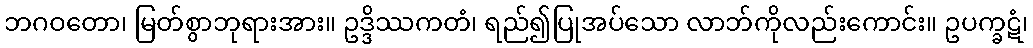
ဘဂဝတော၊ မြတ်စွာဘုရားအား။ ဥဒ္ဒိဿကတံ၊ ရည်၍ပြုအပ်သော လာဘ်ကိုလည်းကောင်း။ ဥပက္ခဋံ၊